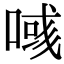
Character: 𠸹